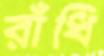
রাঁধি